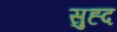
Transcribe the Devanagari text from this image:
सुह्द